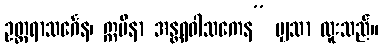
ဥတ္တရာသင်္ဂေန၊ ဣမိနာ အန္တရဝါသကေန” မျှသာ ထူးသည်။